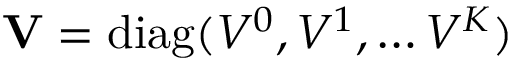
\mathbf { V } = \mathrm { d i a g } ( V ^ { 0 } , V ^ { 1 } , \ldots V ^ { K } )